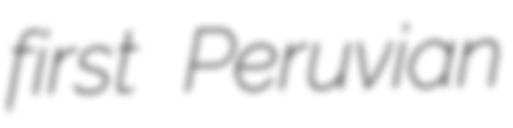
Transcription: first Peruvian